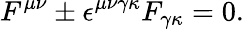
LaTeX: F^{\mu\nu}\pm\epsilon^{\mu\nu\gamma\kappa}F_{\gamma\kappa}=0.